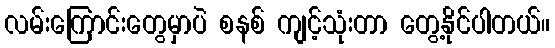
လမ်းကြောင်းတွေမှာပဲ စနစ် ကျင့်သုံးတာ တွေ့နိုင်ပါတယ်။